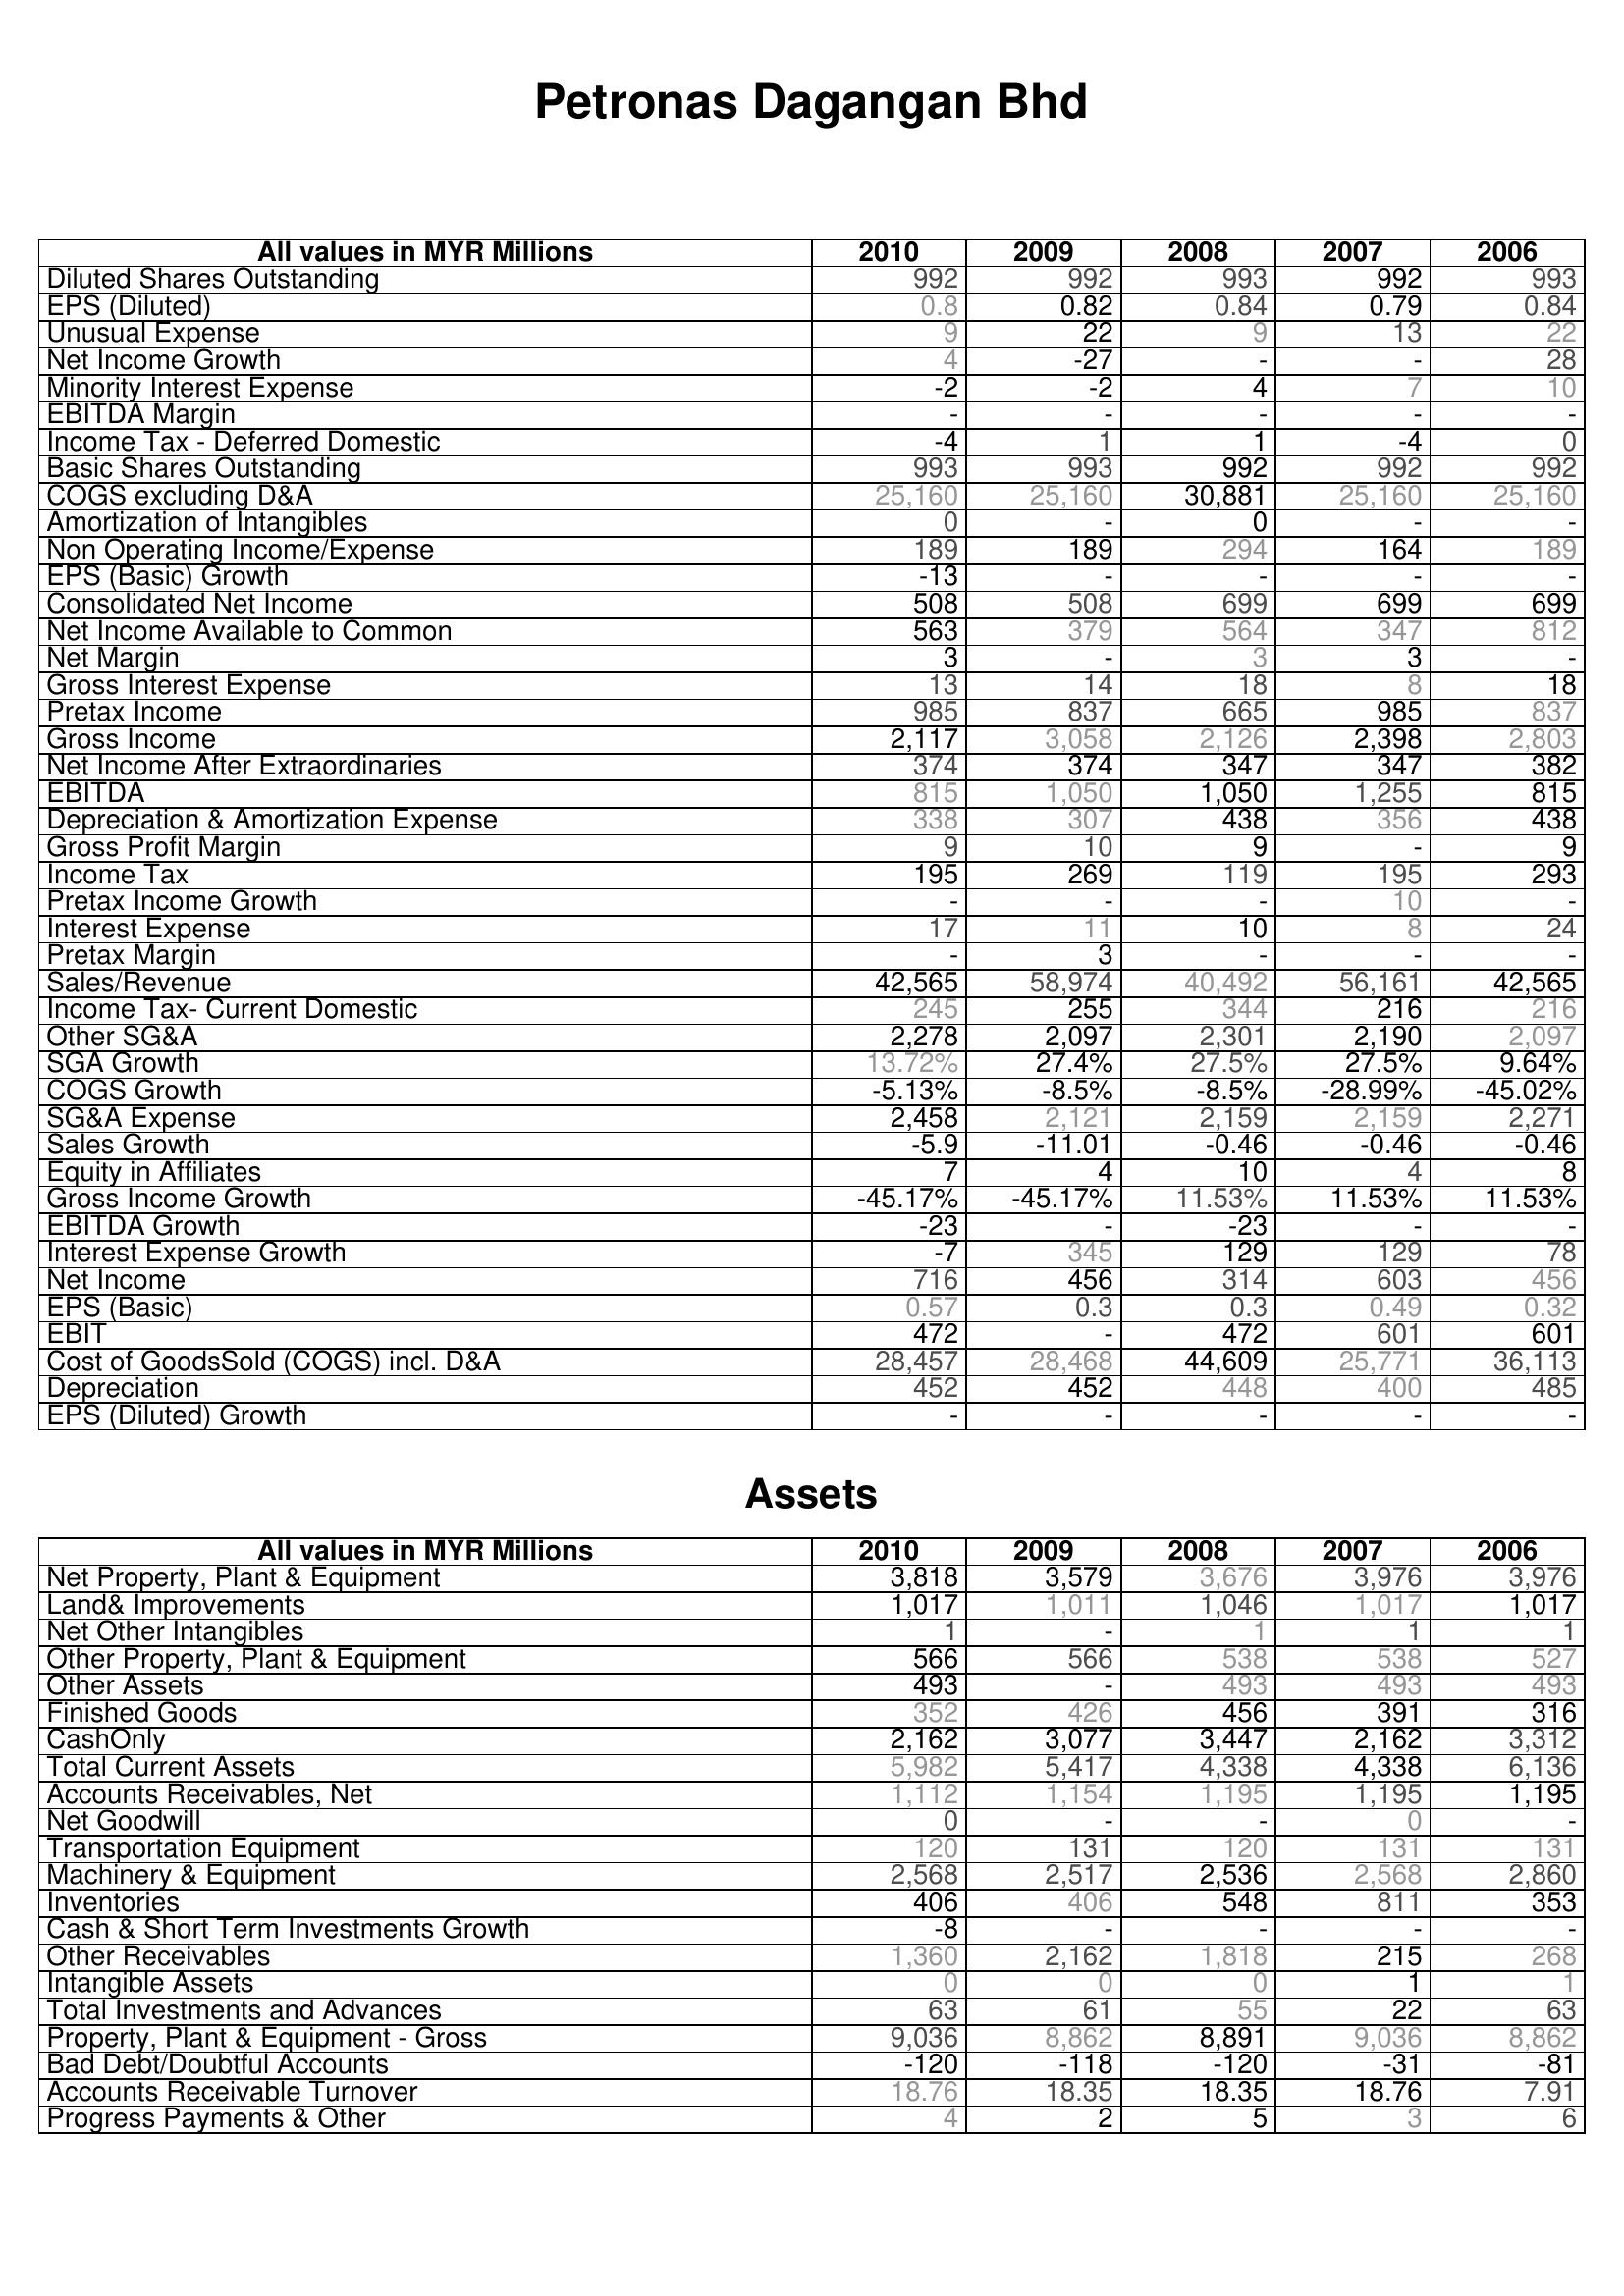
2010: : Diluted Shares Outstanding: 992
EPS (Diluted): 0.8
Unusual Expense: 9
Net Income Growth: 4
Minority Interest Expense: -2
EBITDA Margin: -
Income Tax - Deferred Domestic: -4
Basic Shares Outstanding: 993
COGS excluding D&A: 25,160
Amortization of Intangibles: 0
Non Operating Income/Expense: 189
EPS (Basic) Growth: -13
Consolidated Net Income: 508
Net Income Available to Common: 563
Net Margin: 3
Gross Interest Expense: 13
Pretax Income: 985
Gross Income: 2,117
Net Income After Extraordinaries: 374
EBITDA: 815
Depreciation & Amortization Expense: 338
Gross Profit Margin: 9
Income Tax: 195
Pretax Income Growth: -
Interest Expense: 17
Pretax Margin: -
Sales/Revenue: 42,565
Income Tax- Current Domestic: 245
Other SG&A: 2,278
SGA Growth: 13.72%
COGS Growth: -5.13%
SG&A Expense: 2,458
Sales Growth: -5.9
Equity in Affiliates: 7
Gross Income Growth: -45.17%
EBITDA Growth: -23
Interest Expense Growth: -7
Net Income: 716
EPS (Basic): 0.57
EBIT: 472
Cost of GoodsSold (COGS) incl. D&A: 28,457
Depreciation: 452
EPS (Diluted) Growth: -
Assets: Net Property, Plant & Equipment: 3,818
Land& Improvements: 1,017
Net Other Intangibles: 1
Other Property, Plant & Equipment: 566
Other Assets: 493
Finished Goods: 352
CashOnly: 2,162
Total Current Assets: 5,982
Accounts Receivables, Net: 1,112
Net Goodwill: 0
Transportation Equipment: 120
Machinery & Equipment: 2,568
Inventories: 406
Cash & Short Term Investments Growth: -8
Other Receivables: 1,360
Intangible Assets: 0
Total Investments and Advances: 63
Property, Plant & Equipment - Gross : 9,036
Bad Debt/Doubtful Accounts: -120
Accounts Receivable Turnover: 18.76
Progress Payments & Other: 4
2009: : Diluted Shares Outstanding: 992
EPS (Diluted): 0.82
Unusual Expense: 22
Net Income Growth: -27
Minority Interest Expense: -2
EBITDA Margin: -
Income Tax - Deferred Domestic: 1
Basic Shares Outstanding: 993
COGS excluding D&A: 25,160
Amortization of Intangibles: -
Non Operating Income/Expense: 189
EPS (Basic) Growth: -
Consolidated Net Income: 508
Net Income Available to Common: 379
Net Margin: -
Gross Interest Expense: 14
Pretax Income: 837
Gross Income: 3,058
Net Income After Extraordinaries: 374
EBITDA: 1,050
Depreciation & Amortization Expense: 307
Gross Profit Margin: 10
Income Tax: 269
Pretax Income Growth: -
Interest Expense: 11
Pretax Margin: 3
Sales/Revenue: 58,974
Income Tax- Current Domestic: 255
Other SG&A: 2,097
SGA Growth: 27.4%
COGS Growth: -8.5%
SG&A Expense: 2,121
Sales Growth: -11.01
Equity in Affiliates: 4
Gross Income Growth: -45.17%
EBITDA Growth: -
Interest Expense Growth: 345
Net Income: 456
EPS (Basic): 0.3
EBIT: -
Cost of GoodsSold (COGS) incl. D&A: 28,468
Depreciation: 452
EPS (Diluted) Growth: -
Assets: Net Property, Plant & Equipment: 3,579
Land& Improvements: 1,011
Net Other Intangibles: -
Other Property, Plant & Equipment: 566
Other Assets: -
Finished Goods: 426
CashOnly: 3,077
Total Current Assets: 5,417
Accounts Receivables, Net: 1,154
Net Goodwill: -
Transportation Equipment: 131
Machinery & Equipment: 2,517
Inventories: 406
Cash & Short Term Investments Growth: -
Other Receivables: 2,162
Intangible Assets: 0
Total Investments and Advances: 61
Property, Plant & Equipment - Gross : 8,862
Bad Debt/Doubtful Accounts: -118
Accounts Receivable Turnover: 18.35
Progress Payments & Other: 2
2008: : Diluted Shares Outstanding: 993
EPS (Diluted): 0.84
Unusual Expense: 9
Net Income Growth: -
Minority Interest Expense: 4
EBITDA Margin: -
Income Tax - Deferred Domestic: 1
Basic Shares Outstanding: 992
COGS excluding D&A: 30,881
Amortization of Intangibles: 0
Non Operating Income/Expense: 294
EPS (Basic) Growth: -
Consolidated Net Income: 699
Net Income Available to Common: 564
Net Margin: 3
Gross Interest Expense: 18
Pretax Income: 665
Gross Income: 2,126
Net Income After Extraordinaries: 347
EBITDA: 1,050
Depreciation & Amortization Expense: 438
Gross Profit Margin: 9
Income Tax: 119
Pretax Income Growth: -
Interest Expense: 10
Pretax Margin: -
Sales/Revenue: 40,492
Income Tax- Current Domestic: 344
Other SG&A: 2,301
SGA Growth: 27.5%
COGS Growth: -8.5%
SG&A Expense: 2,159
Sales Growth: -0.46
Equity in Affiliates: 10
Gross Income Growth: 11.53%
EBITDA Growth: -23
Interest Expense Growth: 129
Net Income: 314
EPS (Basic): 0.3
EBIT: 472
Cost of GoodsSold (COGS) incl. D&A: 44,609
Depreciation: 448
EPS (Diluted) Growth: -
Assets: Net Property, Plant & Equipment: 3,676
Land& Improvements: 1,046
Net Other Intangibles: 1
Other Property, Plant & Equipment: 538
Other Assets: 493
Finished Goods: 456
CashOnly: 3,447
Total Current Assets: 4,338
Accounts Receivables, Net: 1,195
Net Goodwill: -
Transportation Equipment: 120
Machinery & Equipment: 2,536
Inventories: 548
Cash & Short Term Investments Growth: -
Other Receivables: 1,818
Intangible Assets: 0
Total Investments and Advances: 55
Property, Plant & Equipment - Gross : 8,891
Bad Debt/Doubtful Accounts: -120
Accounts Receivable Turnover: 18.35
Progress Payments & Other: 5
2007: : Diluted Shares Outstanding: 992
EPS (Diluted): 0.79
Unusual Expense: 13
Net Income Growth: -
Minority Interest Expense: 7
EBITDA Margin: -
Income Tax - Deferred Domestic: -4
Basic Shares Outstanding: 992
COGS excluding D&A: 25,160
Amortization of Intangibles: -
Non Operating Income/Expense: 164
EPS (Basic) Growth: -
Consolidated Net Income: 699
Net Income Available to Common: 347
Net Margin: 3
Gross Interest Expense: 8
Pretax Income: 985
Gross Income: 2,398
Net Income After Extraordinaries: 347
EBITDA: 1,255
Depreciation & Amortization Expense: 356
Gross Profit Margin: -
Income Tax: 195
Pretax Income Growth: 10
Interest Expense: 8
Pretax Margin: -
Sales/Revenue: 56,161
Income Tax- Current Domestic: 216
Other SG&A: 2,190
SGA Growth: 27.5%
COGS Growth: -28.99%
SG&A Expense: 2,159
Sales Growth: -0.46
Equity in Affiliates: 4
Gross Income Growth: 11.53%
EBITDA Growth: -
Interest Expense Growth: 129
Net Income: 603
EPS (Basic): 0.49
EBIT: 601
Cost of GoodsSold (COGS) incl. D&A: 25,771
Depreciation: 400
EPS (Diluted) Growth: -
Assets: Net Property, Plant & Equipment: 3,976
Land& Improvements: 1,017
Net Other Intangibles: 1
Other Property, Plant & Equipment: 538
Other Assets: 493
Finished Goods: 391
CashOnly: 2,162
Total Current Assets: 4,338
Accounts Receivables, Net: 1,195
Net Goodwill: 0
Transportation Equipment: 131
Machinery & Equipment: 2,568
Inventories: 811
Cash & Short Term Investments Growth: -
Other Receivables: 215
Intangible Assets: 1
Total Investments and Advances: 22
Property, Plant & Equipment - Gross : 9,036
Bad Debt/Doubtful Accounts: -31
Accounts Receivable Turnover: 18.76
Progress Payments & Other: 3
2006: : Diluted Shares Outstanding: 993
EPS (Diluted): 0.84
Unusual Expense: 22
Net Income Growth: 28
Minority Interest Expense: 10
EBITDA Margin: -
Income Tax - Deferred Domestic: 0
Basic Shares Outstanding: 992
COGS excluding D&A: 25,160
Amortization of Intangibles: -
Non Operating Income/Expense: 189
EPS (Basic) Growth: -
Consolidated Net Income: 699
Net Income Available to Common: 812
Net Margin: -
Gross Interest Expense: 18
Pretax Income: 837
Gross Income: 2,803
Net Income After Extraordinaries: 382
EBITDA: 815
Depreciation & Amortization Expense: 438
Gross Profit Margin: 9
Income Tax: 293
Pretax Income Growth: -
Interest Expense: 24
Pretax Margin: -
Sales/Revenue: 42,565
Income Tax- Current Domestic: 216
Other SG&A: 2,097
SGA Growth: 9.64%
COGS Growth: -45.02%
SG&A Expense: 2,271
Sales Growth: -0.46
Equity in Affiliates: 8
Gross Income Growth: 11.53%
EBITDA Growth: -
Interest Expense Growth: 78
Net Income: 456
EPS (Basic): 0.32
EBIT: 601
Cost of GoodsSold (COGS) incl. D&A: 36,113
Depreciation: 485
EPS (Diluted) Growth: -
Assets: Net Property, Plant & Equipment: 3,976
Land& Improvements: 1,017
Net Other Intangibles: 1
Other Property, Plant & Equipment: 527
Other Assets: 493
Finished Goods: 316
CashOnly: 3,312
Total Current Assets: 6,136
Accounts Receivables, Net: 1,195
Net Goodwill: -
Transportation Equipment: 131
Machinery & Equipment: 2,860
Inventories: 353
Cash & Short Term Investments Growth: -
Other Receivables: 268
Intangible Assets: 1
Total Investments and Advances: 63
Property, Plant & Equipment - Gross : 8,862
Bad Debt/Doubtful Accounts: -81
Accounts Receivable Turnover: 7.91
Progress Payments & Other: 6